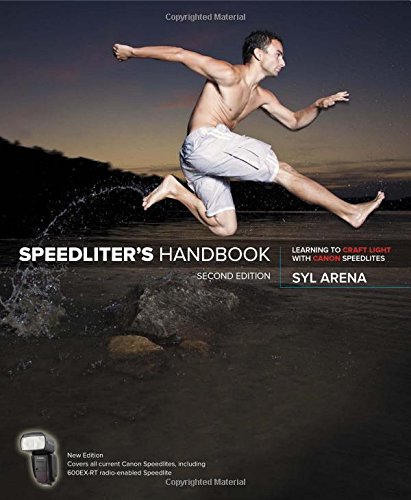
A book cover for Speedliter's Handbook: Learning to Craft Light with Canon Speedlites (2nd Edition); Syl Arena; Arts & Photography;